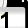
Digit: 1